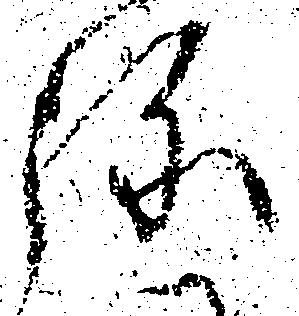
弥